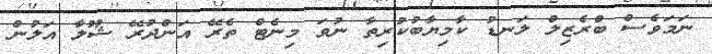
ނަމަވެސް ބްރެޒިލް ލަނޑު ކާމިޔާބުކުރިތާ ނުވަ މިނެޓް ތެރޭ އަންދުރޭ ޝޫލާ އަލުން